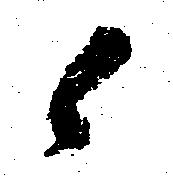
候